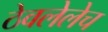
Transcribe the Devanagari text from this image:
ठेवलेलेच